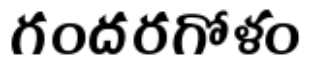
గందరగోళం